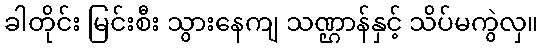
ခါတိုင်း မြင်းစီး သွားနေကျ သဏ္ဌာန်နှင့် သိပ်မကွဲလှ။